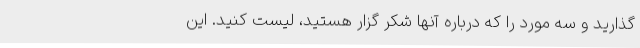
گذارید و سه مورد را که درباره آنها شکر گزار هستید، لیست کنید. این